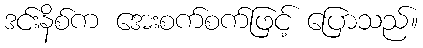
ဒင်းနိစ်က အေးစက်စက်ဖြင့် ပြောသည်။